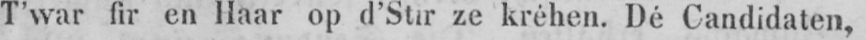
T’war fir en Haar op d’Stir ze kréhen. Dé Candidaten,